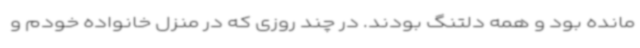
مانده بود و همه دلتنگ بودند. در چند روزی که در منزل خانواده خودم و